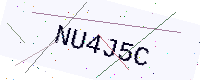
Text: NU4J5C